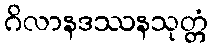
ဂိလာနဒဿနသုတ္တံ